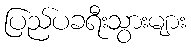
ပြည်ပခရီးသွားများ